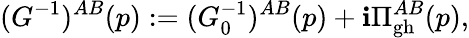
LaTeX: (G^{-1})^{AB}(p):=(G_{0}^{-1})^{AB}(p)+\mathbf{i}\Pi_{\mathrm{{gh}}}^{AB}(p),